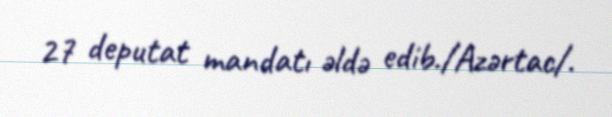
27 deputat mandatı əldə edib./Azərtac/.